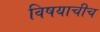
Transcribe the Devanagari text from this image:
विषयाचीच